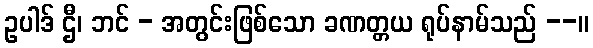
ဥပါဒ် ဌီ၊ ဘင် - အတွင်းဖြစ်သော ခဏတ္တယ ရုပ်နာမ်သည် --။